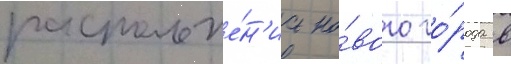
расположе́н'иа но́вого го́рода в